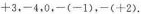
+ 3 ，- 4,0，-（ - 1 ），-（ + 2 ）.